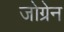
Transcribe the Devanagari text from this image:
जोग्रेन